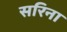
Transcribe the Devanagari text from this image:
सरिना